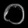
Digit: ၀